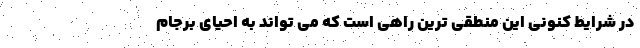
در شرایط کنونی این منطقی ترین راهی است که می تواند به احیای برجام